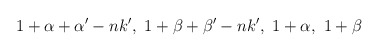
\begin{align*}1+\alpha+\alpha'-nk',~ 1+\beta+\beta'-nk',~ 1+\alpha,~ 1+\beta\end{align*}